Bombay plague: being a history of the progress of plague in the Bombay presidency from September 1896 to June 1899
Year: 1896
Disease focus: Plague
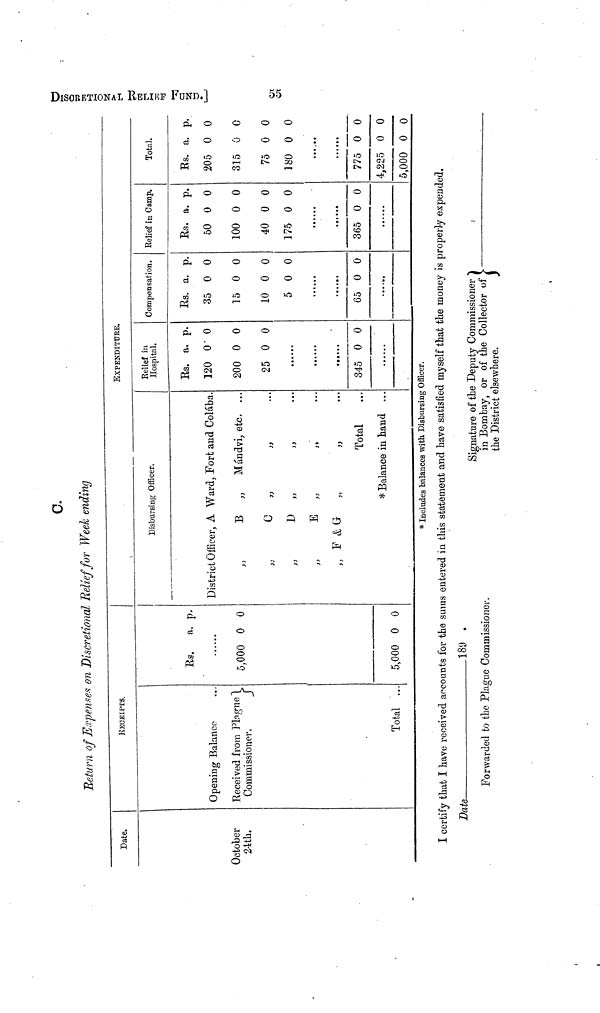
DISORETIONAL REL
c.
Return of Expenses on Discretional Relief for Week ending
Date.
October
24th.
RECEIPTS.
Opening Balance
Received from Plague
Commissioner.
Total ...
Rs. a. p.
5,000 0 0
5,000 0 0
Disbursing Officer.
District Officer, A Ward, Fort and Colába.
,,
Β „
Mándvi, etc. ...
,,
C
,,
,,
···
,,
D
,,
,,
···
,,
E
,,
,,
...
,, F & G „
„
Total
* Balance in hand ...
EXPENDITURE.
Relief in
Hospital.
Rs. a. p.
120 0 0
200 0 0
25 0 0
... ...
345 0 0
Compensation.
Rs. a. p.
35 0 0
15 0 0
10 0 0
5 0 0
65 0 0
Relief in Camp.
Rs. a. p.
50 0 0
100 0 0
40 0 0
175 0 0
365 0 0
Total.
Rs. a. p.
205 0 0
315 0 0
75 0 0
180 0 0
775 0 0
4,225 0 0
5,000 0 0
* Includes balances with Disbursing Officer.
I certify that I have received accounts for the sums entered in this statement and have satisfied myself that the money is properly expended.
Date
189
Signature of the Deputy Commissioner
Forwarded to the Plague Commissioner.
in Bombay, or of the Collector of
}
the District elsewhere.
3